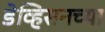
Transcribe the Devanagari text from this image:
डेव्हिसनच्या